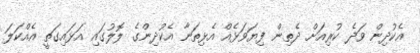
އެކުދިން ވަދެ ކުރިއަށް ދެތިން ފިޔަވަޅެއް އެޅިތަނާ އެކުދިންގެ ލޮލުގައި އަޅައިގަތީ އެއްކަލަ